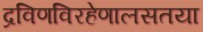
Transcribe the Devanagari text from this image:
द्रविणविरहेणालसतया